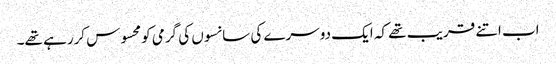
اب اتنے قریب تھے کہ ایک دوسرے کی سانسوں کی گرمی کومحسوس کررہے تھے۔